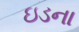
ઇડના